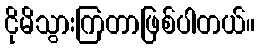
ငိုမိသွားကြတာဖြစ်ပါတယ်။